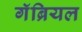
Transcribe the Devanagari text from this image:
गॅब्रियल